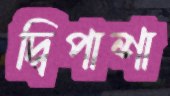
দ্বিপাশা